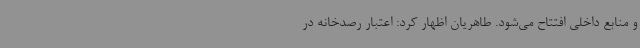
و منابع داخلی افتتاح می‌شود. طاهریان اظهار کرد: اعتبار رصدخانه در